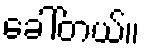
ခေါ်တယ်။